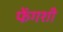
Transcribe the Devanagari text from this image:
फेंगशी